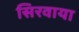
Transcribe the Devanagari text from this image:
सिरवाया